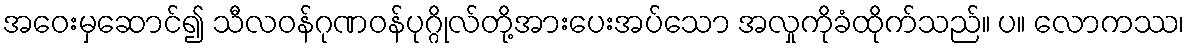
အဝေးမှဆောင်၍ သီလဝန်ဂုဏဝန်ပုဂ္ဂိုလ်တို့အားပေးအပ်သော အလှုကိုခံထိုက်သည်။ ပ။ လောကဿ၊